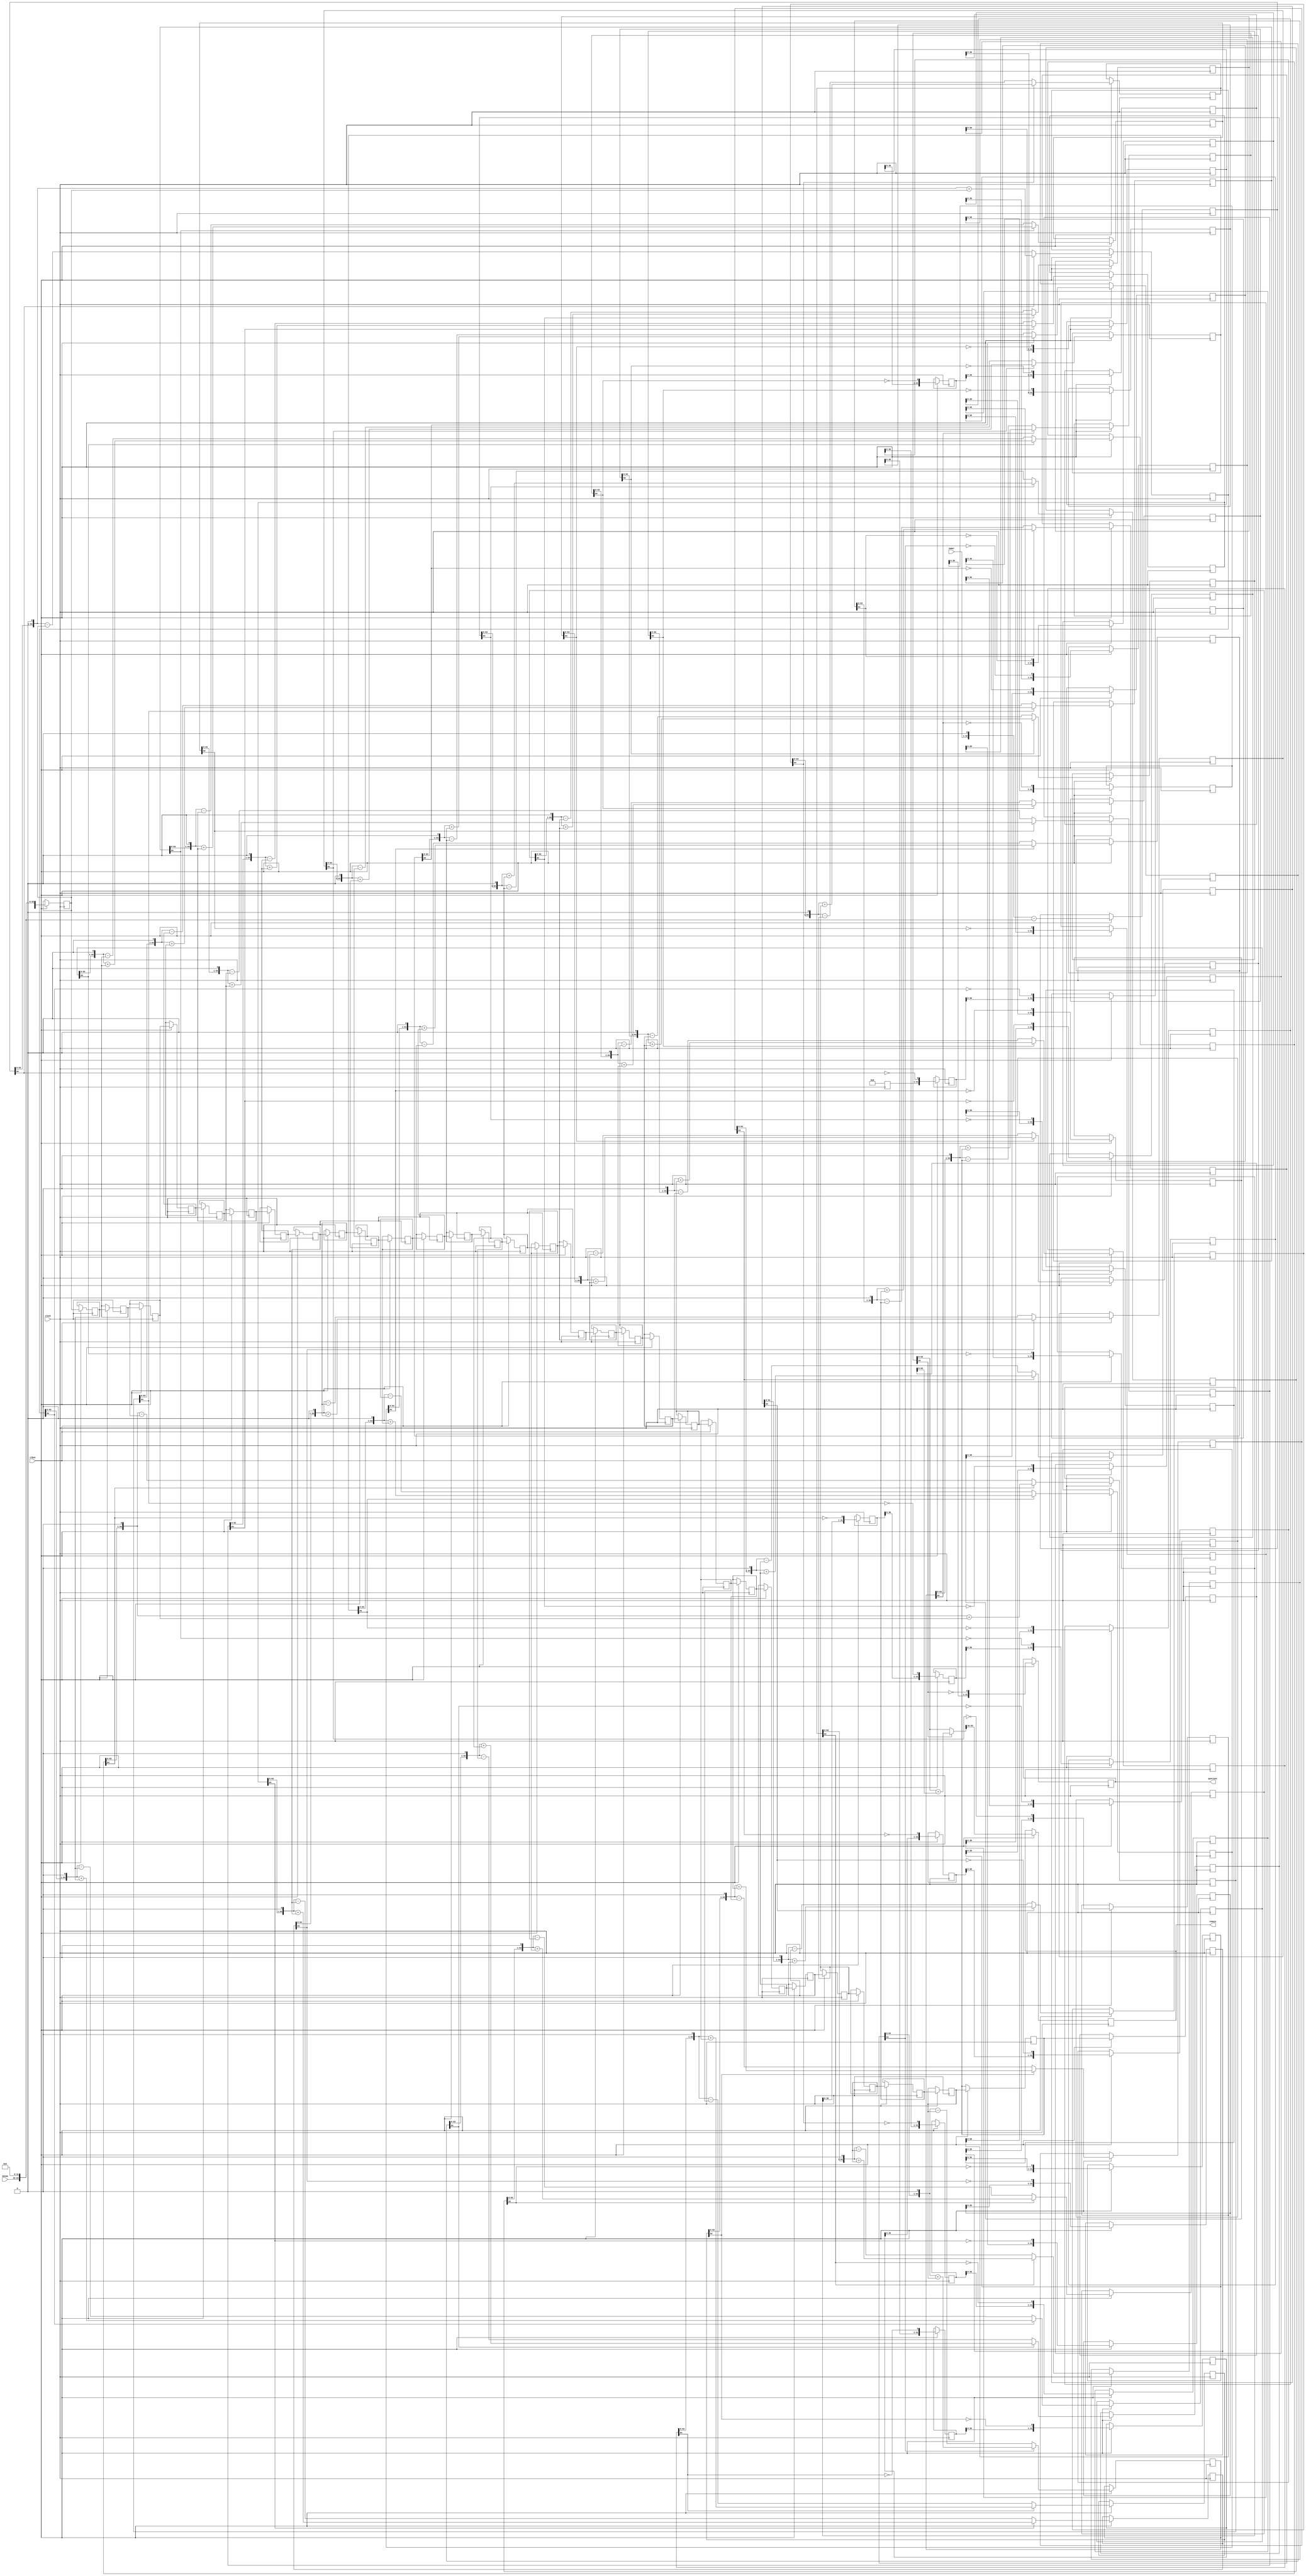
/////////////////////////////////////////////////////////////////////
////                                                             ////
////  Non-restoring unsigned divider                             ////
////                                                             ////
////          richard@asics.ws                                   ////
////          www.asics.ws                                       ////
////                                                             ////
/////////////////////////////////////////////////////////////////////
////                                                             ////
//// Copyright (C) 2002 Richard Herveille                        ////
////                    richard@asics.ws                         ////
////                                                             ////
//// This source file may be used and distributed without        ////
//// restriction provided that this copyright statement is not   ////
//// removed from the file and that any derivative work contains ////
//// the original copyright notice and the associated disclaimer.////
////                                                             ////
////     THIS SOFTWARE IS PROVIDED ``AS IS'' AND WITHOUT ANY     ////
//// EXPRESS OR IMPLIED WARRANTIES, INCLUDING, BUT NOT LIMITED   ////
//// TO, THE IMPLIED WARRANTIES OF MERCHANTABILITY AND FITNESS   ////
//// FOR A PARTICULAR PURPOSE. IN NO EVENT SHALL THE AUTHOR      ////
//// OR CONTRIBUTORS BE LIABLE FOR ANY DIRECT, INDIRECT,         ////
//// INCIDENTAL, SPECIAL, EXEMPLARY, OR CONSEQUENTIAL DAMAGES    ////
//// (INCLUDING, BUT NOT LIMITED TO, PROCUREMENT OF SUBSTITUTE   ////
//// GOODS OR SERVICES; LOSS OF USE, DATA, OR PROFITS; OR        ////
//// BUSINESS INTERRUPTION) HOWEVER CAUSED AND ON ANY THEORY OF  ////
//// LIABILITY, WHETHER IN  CONTRACT, STRICT LIABILITY, OR TORT  ////
//// (INCLUDING NEGLIGENCE OR OTHERWISE) ARISING IN ANY WAY OUT  ////
//// OF THE USE OF THIS SOFTWARE, EVEN IF ADVISED OF THE         ////
//// POSSIBILITY OF SUCH DAMAGE.                                 ////
////                                                             ////
/////////////////////////////////////////////////////////////////////

`timescale 1 ns / 1 ns

module div_unsigned(clock, clken, numer, denom, quotient, remain);

   //
   // parameters
   //
   parameter stages = 32; // controls # of pipeline stages
   localparam width = stages;
   parameter z_width = 2*width; // internally used width
   
   parameter width_n = width; // width of numerator and quotient <= width
   parameter width_d = width; // width of denominator and remainder <= width
   
   //
   // inputs & outputs
   //
   input clock;               // system clock
   input clken;               // clock enable
   
   input [width_n -1:0] numer; // dividend
   input [width_d -1:0] denom; // divisor
   output [width_n -1:0] quotient; // quotient
   output [width_d -1:0] remain; // remainder
   reg [width_n-1:0] 	 quotient = {(width_n){1'b0}};
   reg [width_d-1:0] 	 remain =  {(width_d){1'b0}};
   
   //	
   // functions
   //
   function [z_width:0] gen_s;
      input [z_width:0]  si;
      input [z_width:0]  di;
      begin
	 if(si[z_width])
	   gen_s = {si[z_width-1:0], 1'b0} + di;
	 else
	   gen_s = {si[z_width-1:0], 1'b0} - di;
      end
   endfunction
   
   function [width-1:0] gen_q;
      input [width-1:0] qi;
      input [z_width:0]   si;
      begin
	 gen_q = {qi[width-2:0], ~si[z_width]};
      end
   endfunction
   
   function [width-1:0] assign_s;
      input [z_width:0] si;
      input [z_width:0] di;
      reg [z_width:0] 	tmp;
      begin
	 if(si[z_width])
	   tmp = si + di;
	 else
	   tmp = si;
	 
	 assign_s = tmp[z_width-1:z_width-width];
      end
   endfunction

   //
   // variables
   //
   reg [width-1:0] q_pipe  [width-1:0];
   reg [z_width:0]   s_pipe  [width:0];
   reg [z_width:0]   d_pipe  [width:0];
   
   integer 	     n0, n1, n2;

   // generate divisor (d) pipe
   always @(denom)
     begin
	d_pipe[0] <= {1'b0, {(width-width_d){1'b0}}, denom, {(z_width-width){1'b0}} };
     end

   always @(posedge clock)
     if(clken)
       for(n0=1; n0 <= width; n0=n0+1)
	 d_pipe[n0] <= d_pipe[n0-1];
   
   // generate internal remainder pipe
   always @(numer)
     begin
	s_pipe[0] <= {{(width){1'b0}}, {(width-width_d){1'b0}}, numer};
     end
   
   always @(posedge clock)
     if(clken)
       for(n1=1; n1 <= width; n1=n1+1)
	 s_pipe[n1] <= gen_s(s_pipe[n1-1], d_pipe[n1-1]);
   
   // generate quotient pipe
   always @(posedge clock)
     q_pipe[0] <= 0;
   
   always @(posedge clock)
     if(clken)
       for(n2=1; n2 < width; n2=n2+1)
	 q_pipe[n2] <= gen_q(q_pipe[n2-1], s_pipe[n2]);
   

   always @(posedge clock)
     if(clken)
	  quotient <= gen_q(q_pipe[width-1], s_pipe[width]);
   
   always @(posedge clock)
     if(clken)
       remain <= assign_s(s_pipe[width], d_pipe[width]);
endmodule